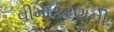
વીમાકરણની